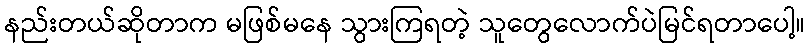
နည်းတယ်ဆိုတာက မဖြစ်မနေ သွားကြရတဲ့ သူတွေလောက်ပဲမြင်ရတာပေါ့။